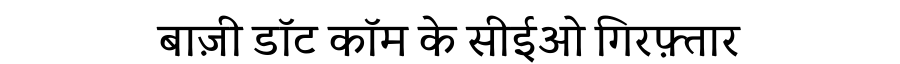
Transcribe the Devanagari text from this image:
बाज़ी डॉट कॉम के सीईओ गिरफ़्तार